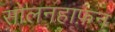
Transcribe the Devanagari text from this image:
सोलनहाफ़न